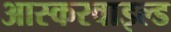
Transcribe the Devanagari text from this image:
आस्करवाइल्ड